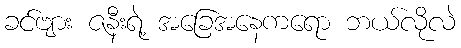
ခင်ဗျား ဇနီးရဲ့ အခြေအနေကရော ဘယ်လိုလဲ